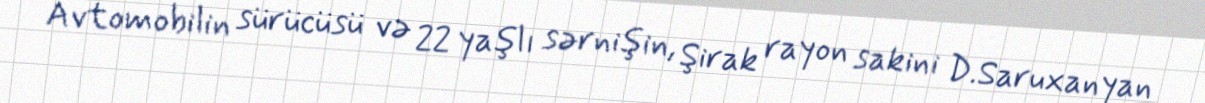
Avtomobilin sürücüsü və 22 yaşlı sərnişin, Şirak rayon sakini D.Saruxanyan